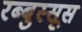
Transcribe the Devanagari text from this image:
रब्बुस्सूस